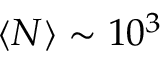
\langle N \rangle \sim 1 0 ^ { 3 }